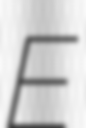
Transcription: E